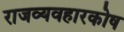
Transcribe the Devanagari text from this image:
राजव्यवहारकोष